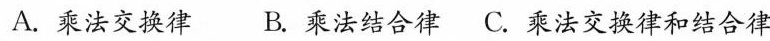
A.乘法交换律 B.乘法结合律C.乘法交换律和结合律